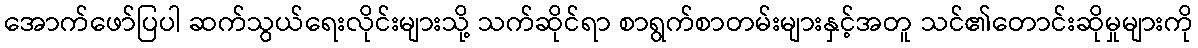
အောက်ဖော်ပြပါ ဆက်သွယ်ရေးလိုင်းများသို့ သက်ဆိုင်ရာ စာရွက်စာတမ်းများနှင့်အတူ သင်၏တောင်းဆိုမှုများကို